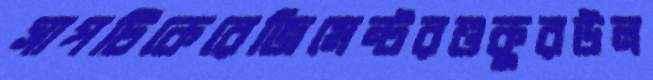
সাপটিকেরেজিমেন্টরশুকুরউল